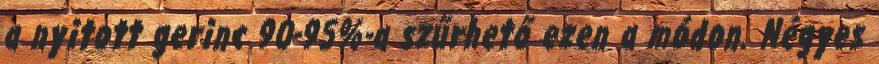
a nyitott gerinc 90-95%-a szűrhető ezen a módon. Négyes